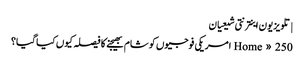
| تلویزیون اینترنتی شیعیان
Home » 250 امریکی فوجیوں کو شام بھیجنے کا فیصلہ کیوں کیا گیا؟